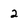
Character: 2